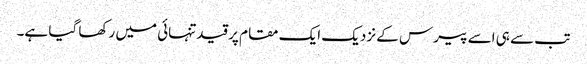
تب سے ہی اسے پیرس کے نزدیک ایک مقام پر قیدتنہائی میں رکھا گیا ہے۔